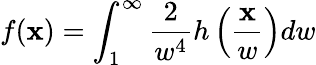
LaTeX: f(\mathbf{x})=\int_{1}^{\infty}{\frac{{2}}{{w^{4}}}}h\left({\frac{{\mathbf{x}}}{{w}}}\right)dw